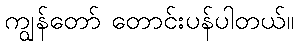
ကျွန်တော် တောင်းပန်ပါတယ်။